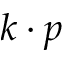
k \cdot p